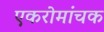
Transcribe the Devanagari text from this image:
एकरोमांचक